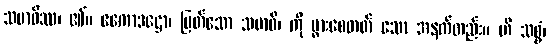
သမာဓိဿ၊ ၏။ ဧကောဒဋ္ဌော၊ မြတ်သော သမာဓိ၊ ကို ပွားစေတတ် သော အနက်တည်း။ ဟိ သစ္စံ၊